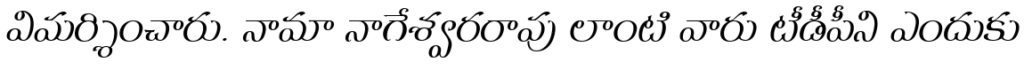
విమర్శించారు. నామా నాగేశ్వరరావు లాంటి వారు టీడీపీని ఎందుకు